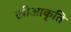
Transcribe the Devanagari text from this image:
स्त्रीआकृति